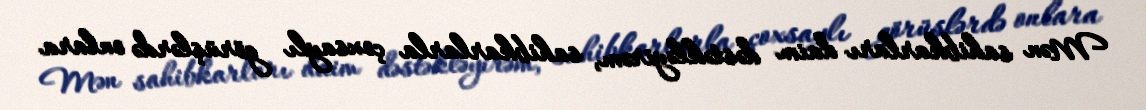
Mən sahibkarları daim dəstəkləyirəm, sahibkarlarla çoxsaylı görüşlərdə onlara